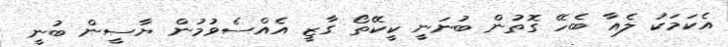
އެކަމަކު ލެއާ ބެހޭ ގޮތުން ބުނަނީ ކީކޭތޯ ގާޒީ އެއްސެވުމުން ޔާސީން ބުނީ